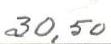
30,50